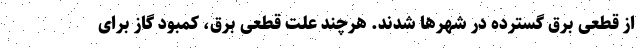
از قطعی برق گسترده در شهرها شدند. هرچند علت قطعی برق، کمبود گاز برای